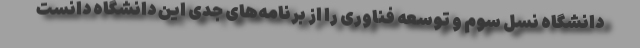
دانشگاه نسل سوم و توسعه فناوری را از برنامه‌های جدی این دانشگاه دانست